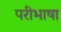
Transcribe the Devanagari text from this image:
परीभाषा